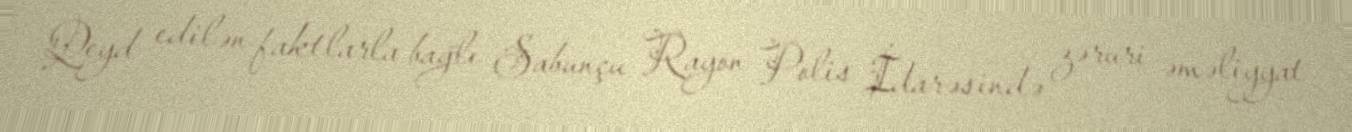
Qeyd edilən faktlarla bağlı Sabunçu Rayon Polis İdarəsində zəruri əməliyyat